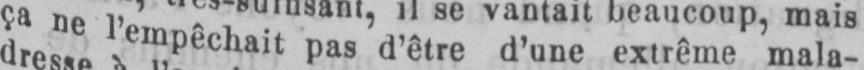
ça ne l’empêchait pas d’être d’une extrême mala-